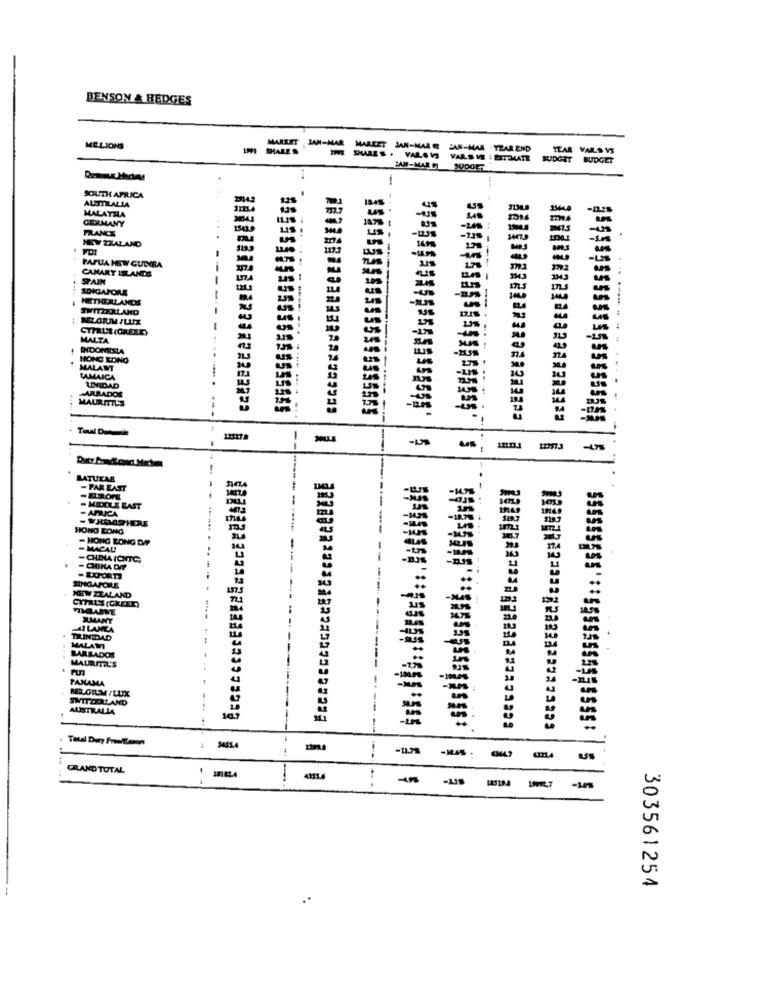
BENSON & HEDGES
MELIONS
MAREET JAM-MAR MAREET JAN-MARR AN-MAR -TZAREND
YEAR VARS VS
Im SURES . VALSWS VALS ME : ESTIMATE BUDGET BUDGET
PAN-MAEM SUDOET
-
SOUTH AFRICA
ALSTILALLA
MALAYHLA
GERMANY
FRANCE
1543.9
NEW ZEALAND
PAPUA NEW GUINEA
m3
PAIN
CANARY ISLANDS
-
SCHIGAJORE
1
......
NETHERLANDS
SWITZERLAND
-
CTFILMS (ORELE)
MALTA
INDONESIA
HONG KONG
21.5
MALAMT
TAMAICA
17.3
ARRADOS
LINIDAD
MAURITIUS
+ Toul Dengule
-- -
LATUTAR
- FAR EAST
-ELROME
. MIDDLE EAST
-AFRICA
HONG KONG
- HONG KONG DIP
- MACAU!
-CHINA (CNTC)
- CHINA DIT
SINGAPORE
NEW ZEALAND
XMANY
AI LANCA
TUINIDAD
MALAWI
BARBADOS
MAURITEL'S
PANAMA
BELGIMILUX
INITOOLLAND
AUSTRALIA
. Total Duty Free Eason
SASS.
GRAND TOTAL
-
303561254